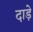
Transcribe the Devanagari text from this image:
दाड़े